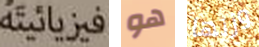
فيزيائيته هو وزنها